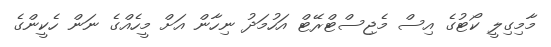
މާމިގިލީ ކޯޓުގެ އިސް މެޖިސްޓްރޭޓް އަހުމަދު ނިހާން އަށް މީހެއްގެ ނަން ހެކީންގެ